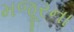
મજૂરના